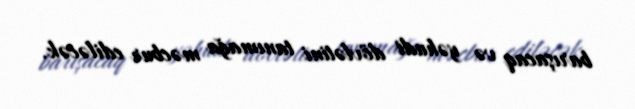
barışacaq və yəhudi dövlətini tanımağa məcbur ediləcək.